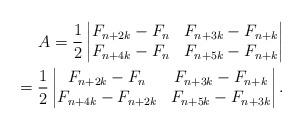
LaTeX: \begin{align*}A =\dfrac{1}{2} \left| \begin{matrix} F_{n+2k}-F_n& F_{n+3k}-F_{n+k}\\ F_{n+4k}-F_n& F_{n+5k}-F_{n+k} \end{matrix} \right|\\ =\dfrac{1}{2} \left| \begin{matrix} F_{n+2k}-F_n& F_{n+3k}-F_{n+k}\\ F_{n+4k}-F_{n+2k}& F_{n+5k}-F_{n+3k} \end{matrix} \right|.\end{align*}